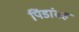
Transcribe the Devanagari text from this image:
पिंडांसह